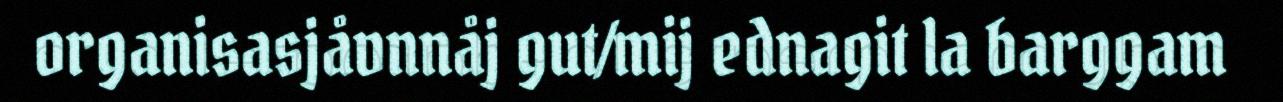
organisasjåvnnåj gut/mij ednagit la barggam